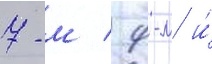
7-м / 9-м и́